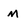
Character: m